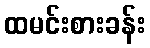
ထမင်းစားခန်း